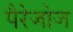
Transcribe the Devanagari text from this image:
पैरेजोज